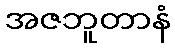
အဇဘူတာနံ